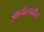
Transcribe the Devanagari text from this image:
ज्ञानोत्त्पत्तीत